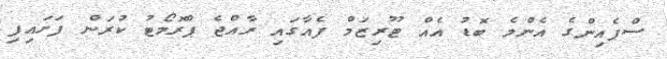
ސްޕެއިންގެ އެންމެ ބޮޑު އެއް ޓޫރިޒަމް ފެއާގައި ރާއްޖެ ޕްރޮމޯޓު ކުރަން ފަށައިފި